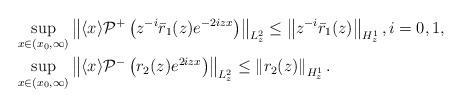
LaTeX: \begin{align*}&\sup _{x \in\left(x_{0}, \infty\right)}\left\| \langle x\rangle \mathcal{P}^{+}\left(z^{-i}\bar{r}_1(z) e^{-2i z x}\right)\right\|_{L_z^2}\leq\left\|z^{-i}\bar r_1(z)\right\|_{H^1_z},i=0,1,\\&\sup _{x \in\left(x_0, \infty\right)}\left\|\langle x\rangle \mathcal{P}^-\left(r_2(z) e^{2iz x}\right)\right\|_{L_{z}^2}\leq\left\|r_2(z)\right\|_{H^1_z}.\end{align*}